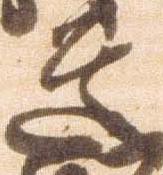
道